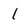
Character: l